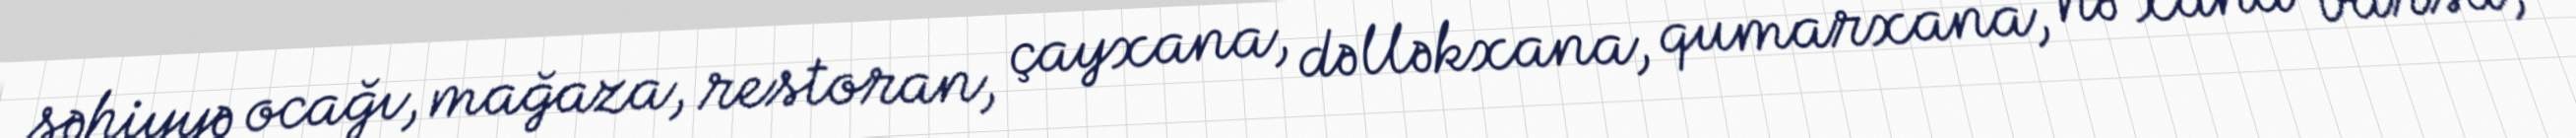
səhiyyə ocağı, mağaza, restoran, çayxana, dəlləkxana, qumarxana, nə xana varsa,